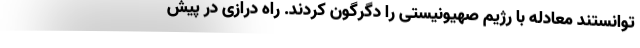
توانستند معادله با رژیم صهیونیستی را دگرگون کردند. راه درازی در پیش